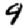
Digit: 9